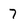
Character: 7